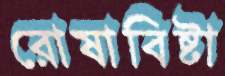
রোষাবিষ্টা